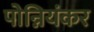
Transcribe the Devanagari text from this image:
पोन्नियंकर